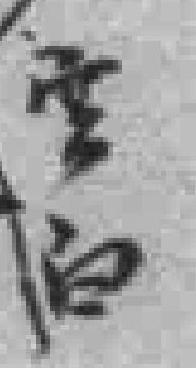
*白